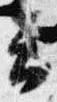
云